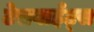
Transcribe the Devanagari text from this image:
टेराबाईट्स